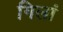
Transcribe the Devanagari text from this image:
गिलां